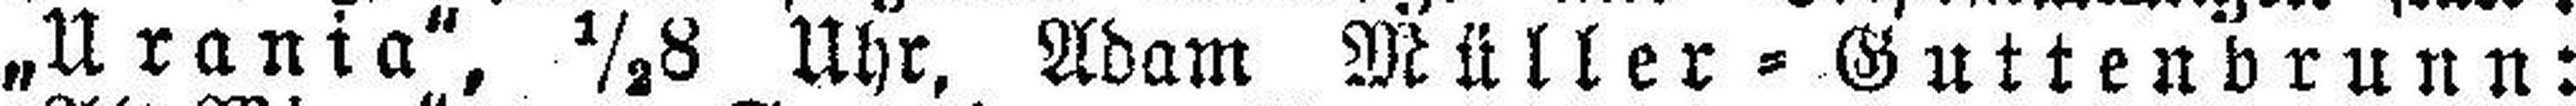
„Urania", ½8 Uhr, Adam Müller = Guttenbrunn: